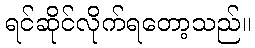
ရင်ဆိုင်လိုက်ရတော့သည်။